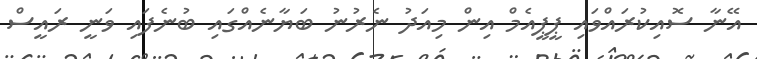
އޭނާ ސޮއިކުރައްވައި ޕީޕީއެމް އިން މިއަދު ނެރުނު ބަޔާނެއްގައި ބުނެފައި ވަނީ ރައީސް